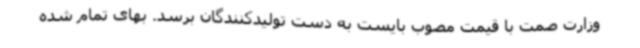
وزارت صمت با قیمت مصوب بایست به دست تولیدکنندگان برسد. بهای تمام شده